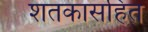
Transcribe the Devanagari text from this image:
शतकासहित